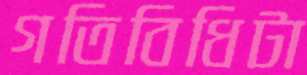
গতিবিধিটা